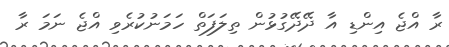
ރާ އްޖެ އިންޑި އާ ދޭދޭގުޅުން ތިލަފަތް ހަމަނުކުރެވި އްޖެ ނަމަ ރާ